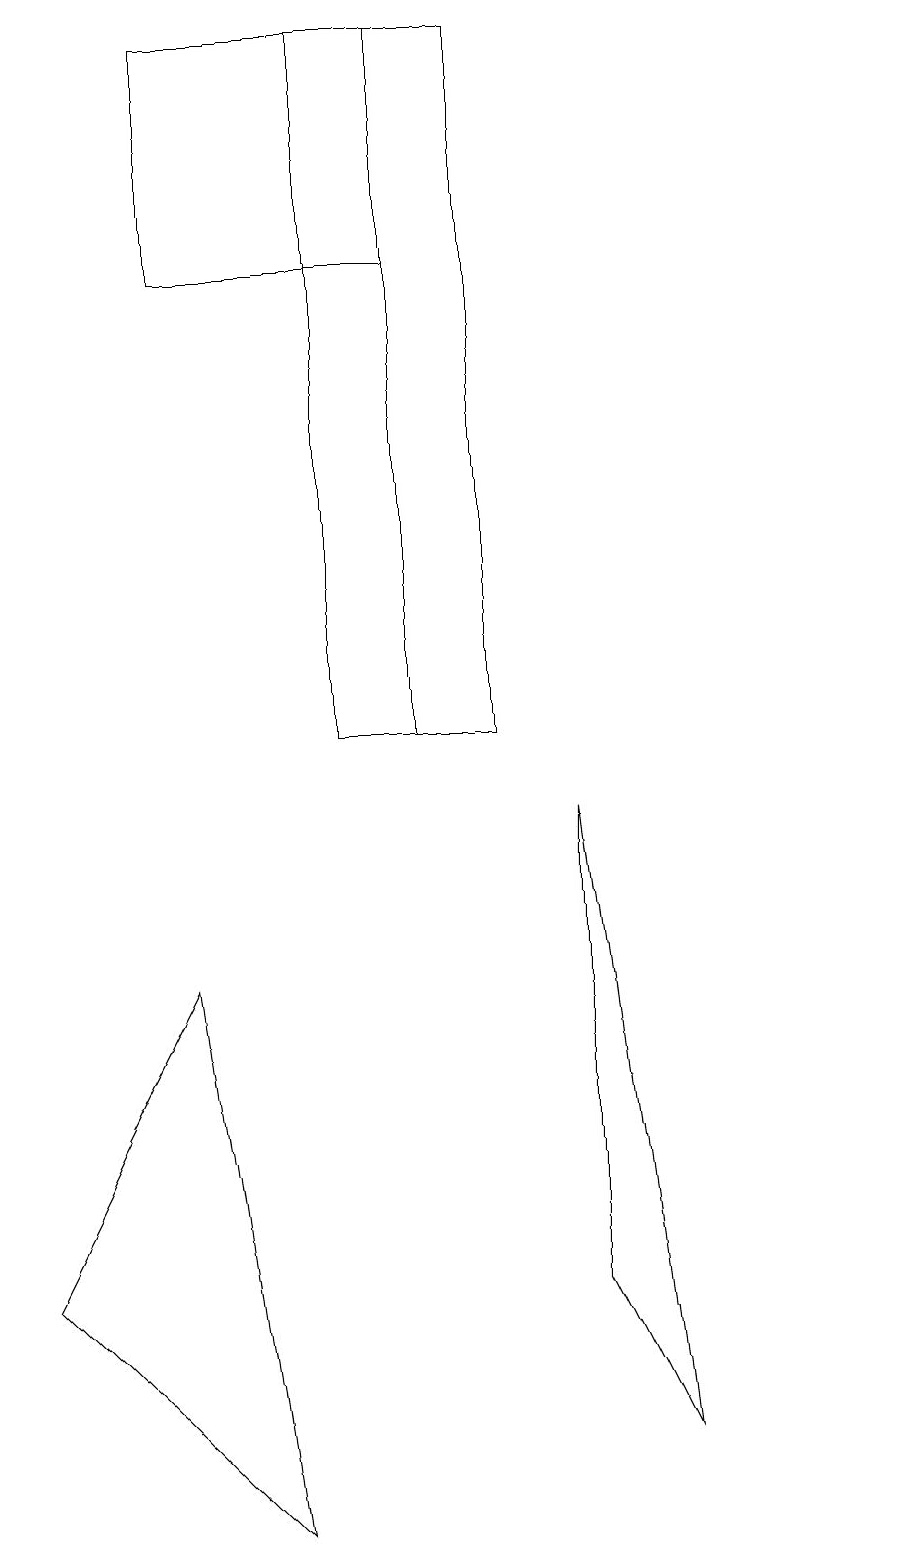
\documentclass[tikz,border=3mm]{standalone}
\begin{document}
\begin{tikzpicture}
\draw (7,3) -- (7,9) -- (8,1) -- cycle;
\draw (2,7) -- (0,3) -- (3,0) -- cycle;
\draw (11,11) circle (0);
\draw (6,10) rectangle (4,19);
\draw (2,19) rectangle (5,16);
\draw (5,19) rectangle (5,10);
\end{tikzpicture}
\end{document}